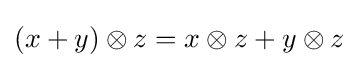
(x+y)\otimes z=x\otimes z+y\otimes z